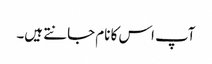
آپ اس کا نام جانتے ہیں۔